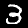
Label: 3